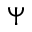
\Psi